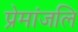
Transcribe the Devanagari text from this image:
प्रेमांजलि